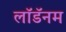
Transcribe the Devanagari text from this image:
लॉडॅनम